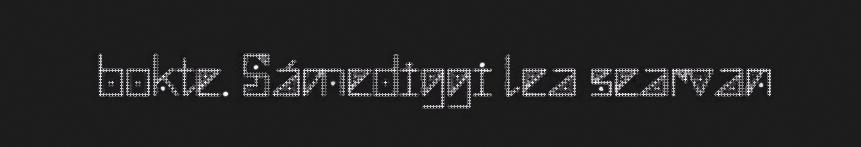
bokte. Sámediggi lea searvan